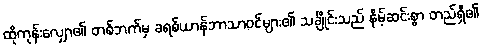
ထိုကုန်းလျှော၏ တစ်ဘက်မှ ခရစ်ယာန်ဘာသာဝင်များ၏ သင်္ချိုင်းသည် နိမ့်ဆင်းစွာ တည်ရှိ၏